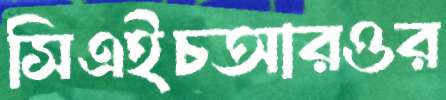
সিএইচআরওর